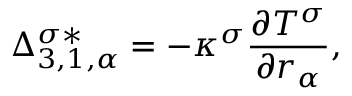
\Delta _ { 3 , 1 , \alpha } ^ { \sigma * } = - \kappa ^ { \sigma } \frac { \partial T ^ { \sigma } } { \partial r _ { \alpha } } ,